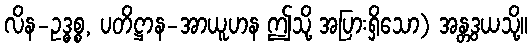
လိန-ဥဒ္ဓစ္စ, ပတိဋ္ဌာန-အာယူဟန ဤသို့ အပြားရှိသော) အန္တဒွယသို့။